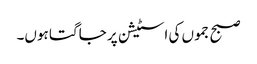
صبح جموں کی اسٹیشن پر جاگتا ہوں۔